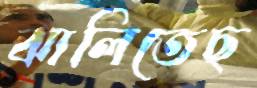
ঝালিতেছ